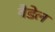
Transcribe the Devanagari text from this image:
वैडेल